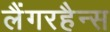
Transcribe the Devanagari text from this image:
लैंगरहैन्स